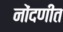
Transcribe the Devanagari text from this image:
नोंदणीत